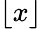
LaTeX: \lfloor x\rfloor